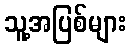
သူ့အပြစ်များ